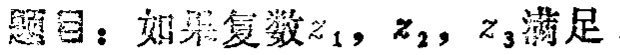
题目：如果复数\(z_{1}\)，\(z_{2}\)，\(z_{3}\)满足